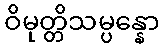
ဝိမုတ္တိသမ္ပန္နော